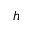
h